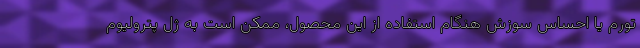
تورم یا احساس سوزش هنگام استفاده از این محصول، ممکن است به ژل پترولیوم